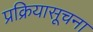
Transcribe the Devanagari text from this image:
प्रक्रियासूचना